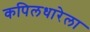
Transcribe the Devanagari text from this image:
कपिलधारेला